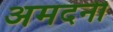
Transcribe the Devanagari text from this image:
अमदनी